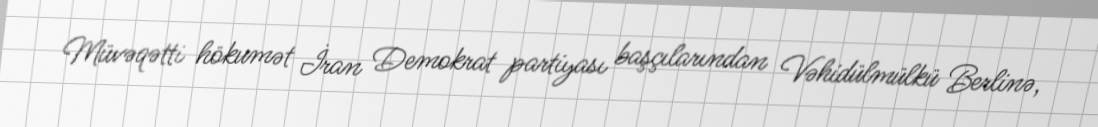
Müvəqətti hökumət İran Demokrat partiyası başçılarından Vəhidülmülkü Berlinə,